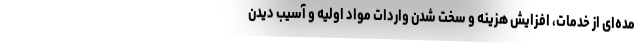
مده‌ای از خدمات، افزایش هزینه و سخت شدن واردات مواد اولیه و آسیب دیدن